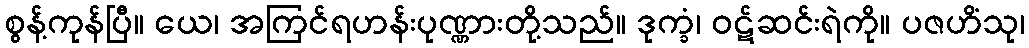
စွန့်ကုန်ပြီ။ ယေ၊ အကြင်ရဟန်းပုဏ္ဏားတို့သည်။ ဒုက္ခံ၊ ဝဋ်ဆင်းရဲကို။ ပဇဟိံသု၊